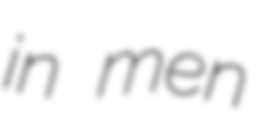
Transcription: in men